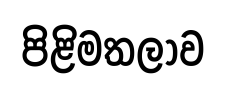
පිළිමතලාව